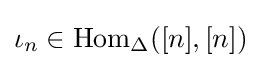
\iota _{n}\in {\text{Hom}}_{\Delta }([n],[n])